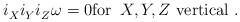
LaTeX: \begin{align*} i_X^{} i_Y^{} i_Z^{} \>\! \omega = 0 \mbox{for~$\, X,Y,Z$ vertical}~.\end{align*}